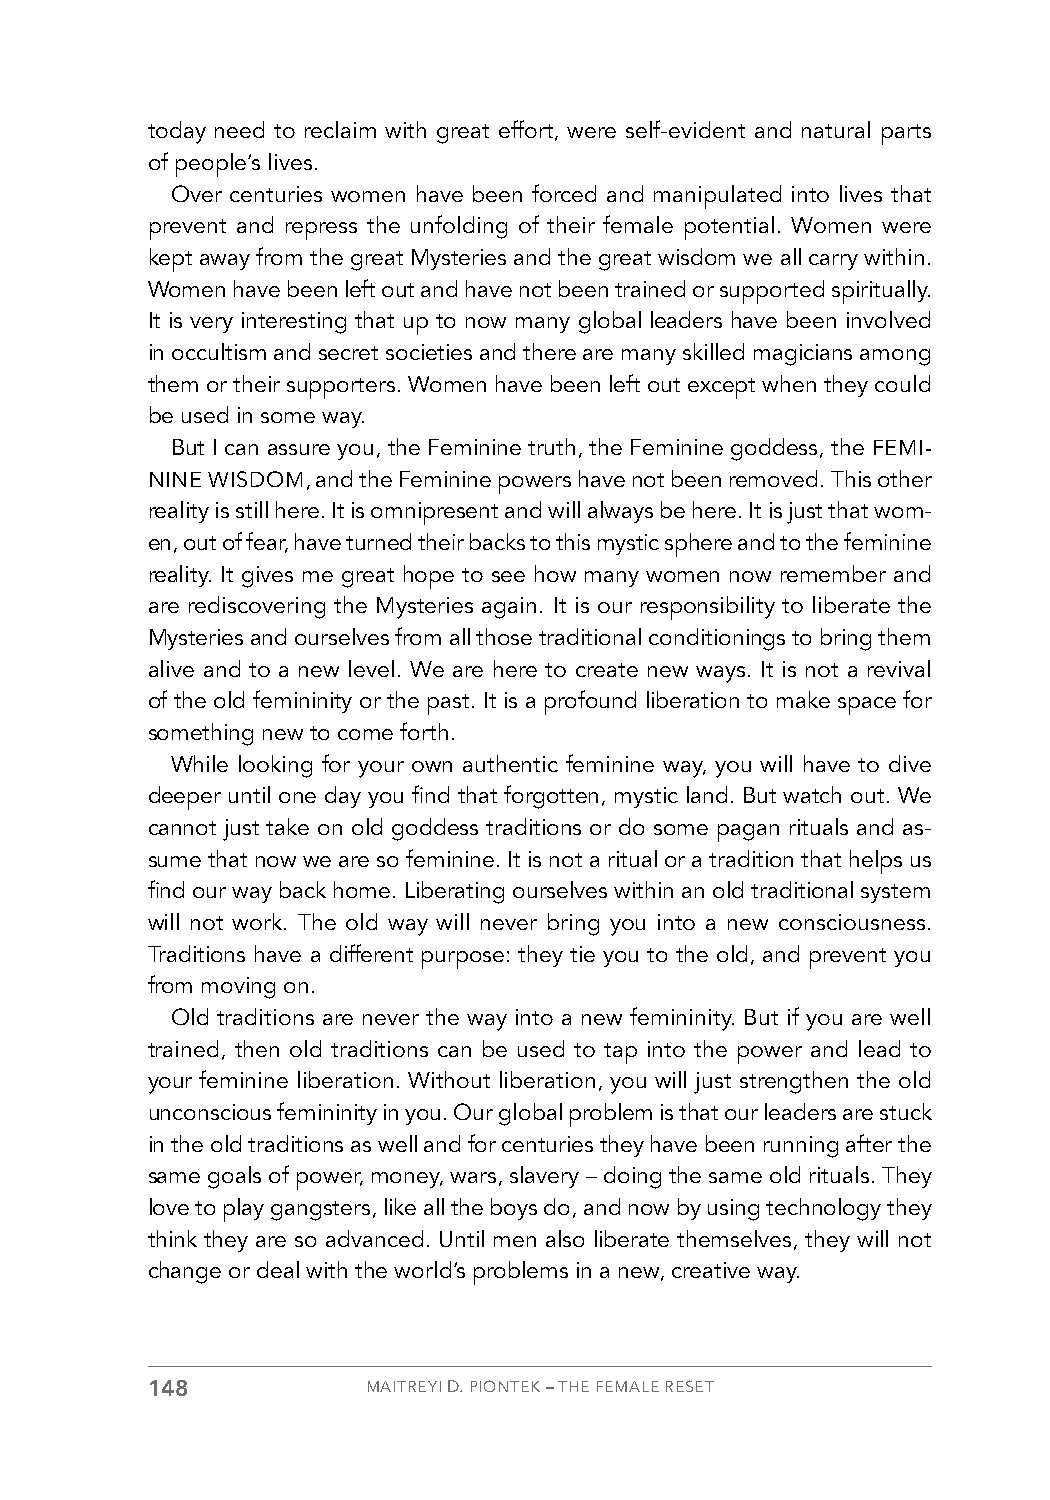
today need to reclaim with great effort, were self-evident and natural parts
 of people’s lives.
 Over centuries women have been forced and manipulated into lives that
 prevent and repress the unfolding of their female potential. Women were
 kept away from the great Mysteries and the great wisdom we all carry within.
 Women have been left out and have not been trained or supported spiritually.
 It is very interesting that up to now many global leaders have been involved
 in occultism and secret societies and there are many skilled magicians among
 them or their supporters. Women have been left out except when they could
 be used in some way.
 But I can assure you, the Feminine truth, the Feminine goddess, the FEMI-
 NINE WISDOM, and the Feminine powers have not been removed. This other
 reality is still here. It is omnipresent and will always be here. It is just that wom-
 en, out of fear, have turned their backs to this mystic sphere and to the feminine
 reality. It gives me great hope to see how many women now remember and
 are rediscovering the Mysteries again. It is our responsibility to liberate the
 Mysteries and ourselves from all those traditional conditionings to bring them
 alive and to a new level. We are here to create new ways. It is not a revival
 of the old femininity or the past. It is a profound liberation to make space for
 something new to come forth.
 While looking for your own authentic feminine way, you will have to dive
 deeper until one day you find that forgotten, mystic land. But watch out. We
 cannot just take on old goddess traditions or do some pagan rituals and as-
 sume that now we are so feminine. It is not a ritual or a tradition that helps us
 find our way back home. Liberating ourselves within an old traditional system
 will not work. The old way will never bring you into a new consciousness.
 Traditions have a different purpose: they tie you to the old, and prevent you
 from moving on.
 Old traditions are never the way into a new femininity. But if you are well
 trained, then old traditions can be used to tap into the power and lead to
 your feminine liberation. Without liberation, you will just strengthen the old
 unconscious femininity in you. Our global problem is that our leaders are stuck
 in the old traditions as well and for centuries they have been running after the
 same goals of power, money, wars, slavery – doing the same old rituals. They
 love to play gangsters, like all the boys do, and now by using technology they
 think they are so advanced. Until men also liberate themselves, they will not
 change or deal with the world’s problems in a new, creative way.
 148           MAITREYI D. PIONTEK – THE FEMALE RESET